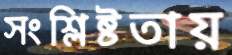
সংশ্লিষ্টতায়